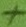
Text: +